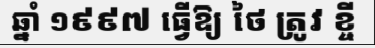
ឆ្នាំ ១៩៩៧ ធ្វើឱ្យ ថៃ ត្រូវ ខ្ចី